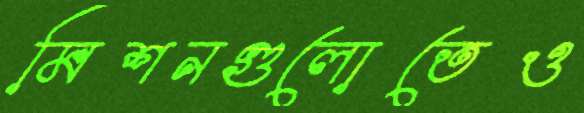
মিশনগুলোতেও